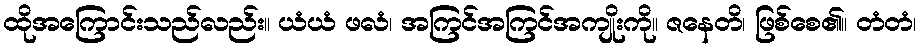
ထိုအကြောင်းသည်လည်း။ ယံယံ ဖလံ၊ အကြင်အကြင်အကျိုးကို။ ဇနေတိ၊ ဖြစ်စေ၏။ တံတံ၊